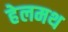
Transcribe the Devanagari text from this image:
हेलमथ